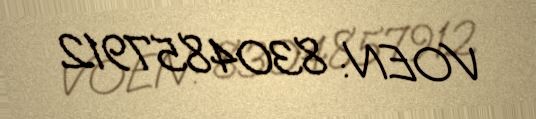
VOEN: 8304857912